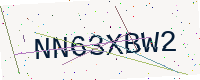
Text: NN63XBW2